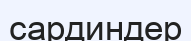
сардиндер